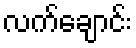
လက်ချောင်း